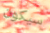
سيكون